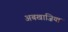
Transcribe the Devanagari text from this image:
अबखाज़िया